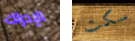
الإدراك سكت